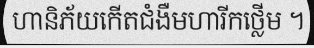
ហានិភ័យកើតជំងឺមហារីកថ្លើម ។